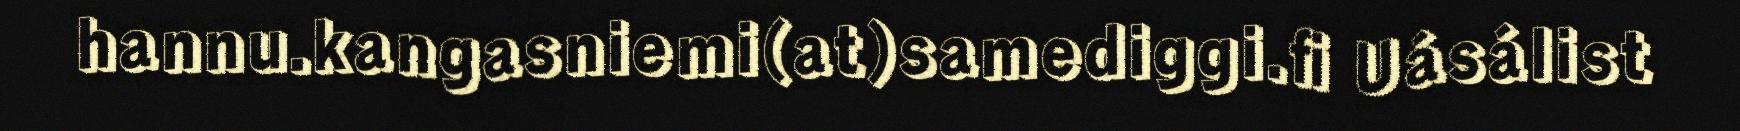
hannu.kangasniemi(at)samediggi.fi Uásálist